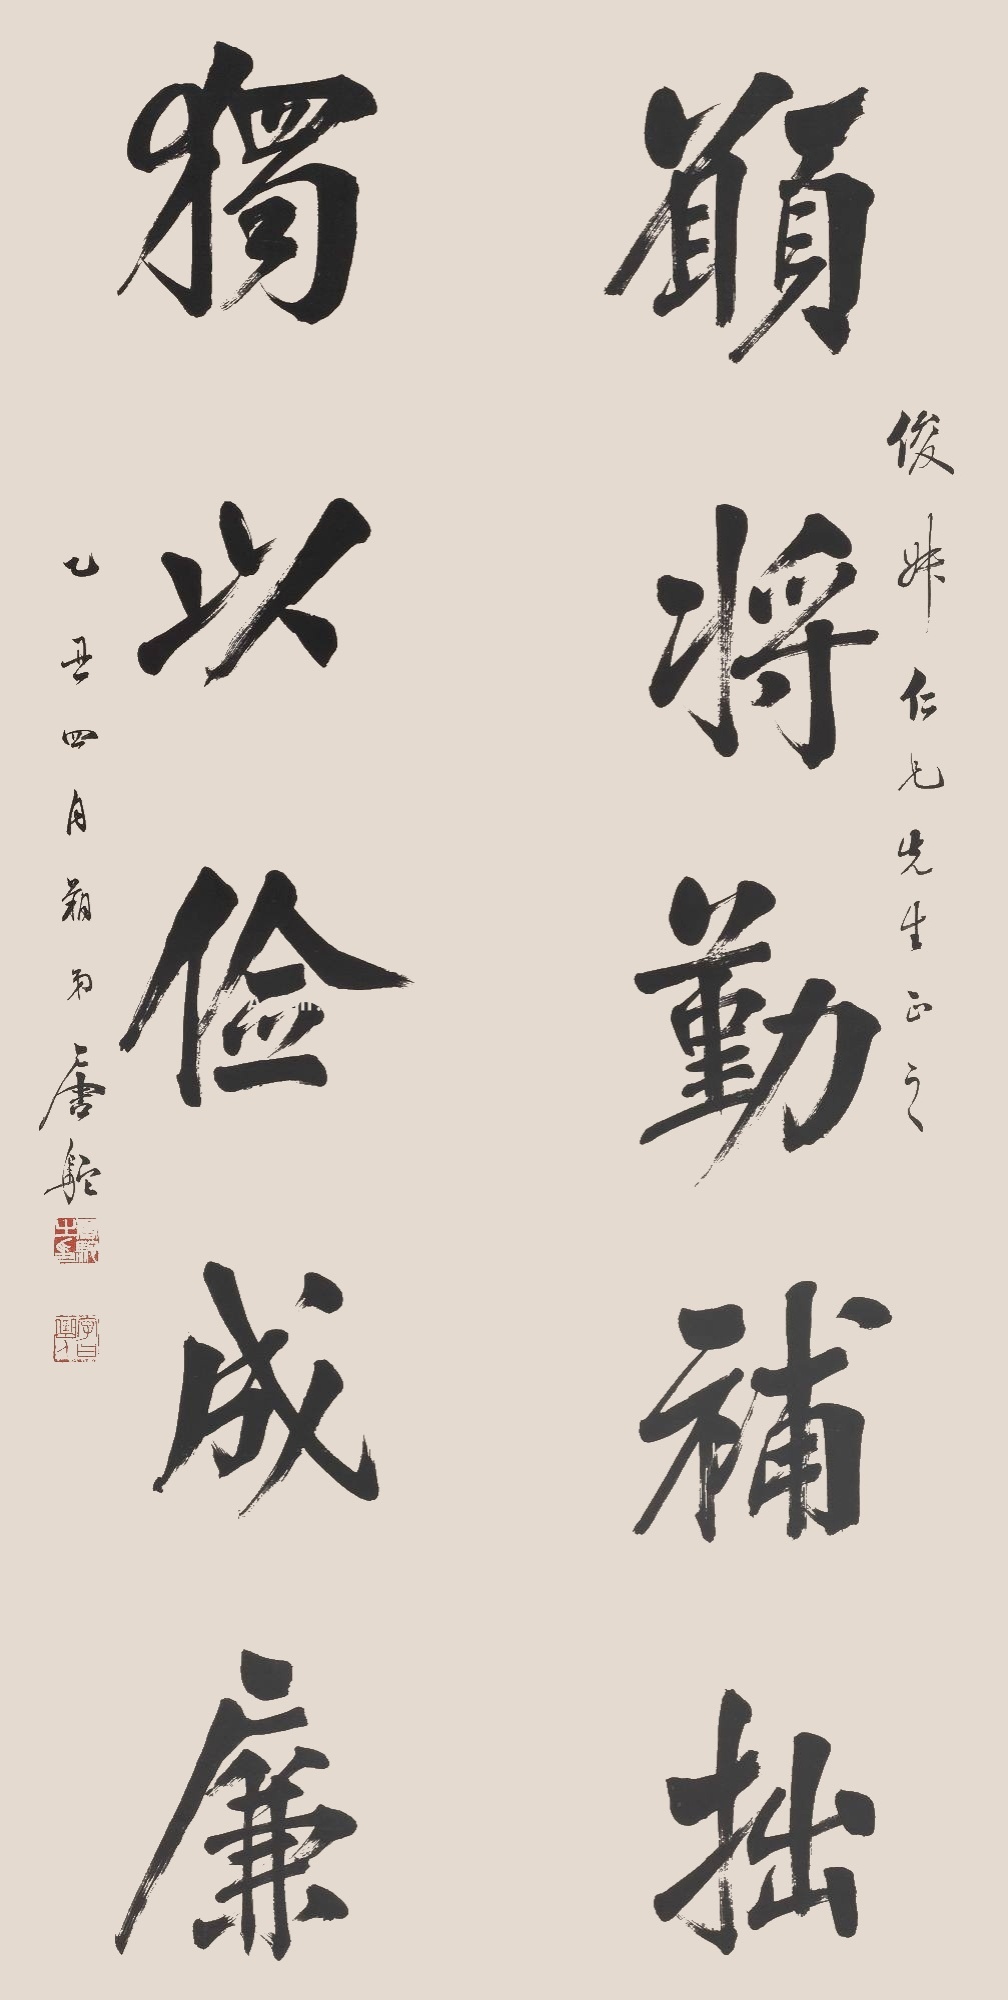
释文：愿将勤补拙，独以俭成廉。俊叔仁兄先生正之，乙丑四月朔，弟唐驼。